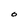
Character: O